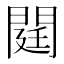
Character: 閮